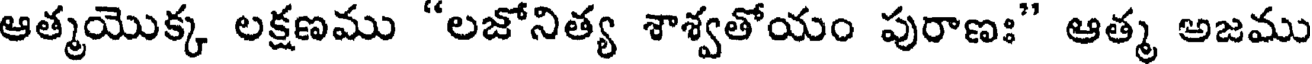
ఆత్మయొక్క లక్షణము "లజోనిత్య శాశ్వతోయం పురాణః" ఆత్మ అజము